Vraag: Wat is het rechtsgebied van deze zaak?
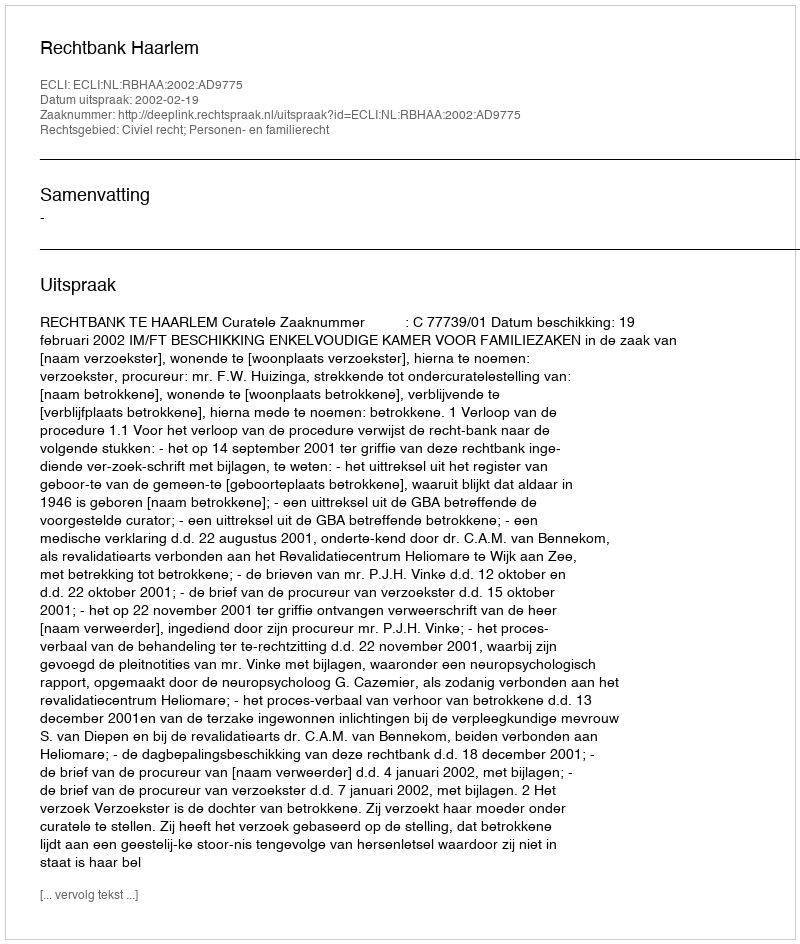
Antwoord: Civiel recht; Personen- en familierecht